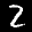
Label: 2